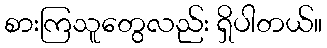
စားကြသူတွေလည်း ရှိပါတယ်။